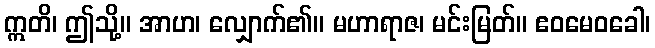
ဣတိ၊ ဤသို့။ အာဟ၊ လျှောက်၏။ မဟာရာဇ၊ မင်းမြတ်။ ဧဝမေဝခေါ၊